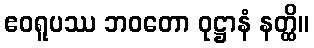
ဧဝရူပဿ ဘဝတော ဝုဋ္ဌာနံ နတ္ထိ။